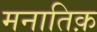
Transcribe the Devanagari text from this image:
मनातिक़